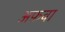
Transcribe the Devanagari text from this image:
अफ़वा